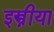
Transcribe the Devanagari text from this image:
इस्त्रीया